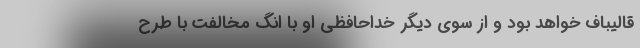
قالیباف خواهد بود و از سوی دیگر خداحافظی او با انگ مخالفت با طرح